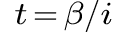
\scriptstyle t \, = \, \beta / i